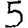
Digit: 5